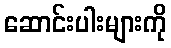
ဆောင်းပါးများကို